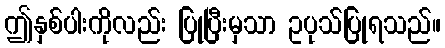
ဤနှစ်ပါးကိုလည်း ပြုပြီးမှသာ ဥပုသ်ပြုရသည်။